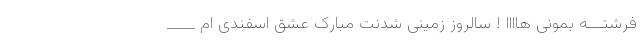
فرشتـــه بمونی هاااا ! سالروز زمینی شدنت مبارک عشق اسفندی ام ____